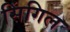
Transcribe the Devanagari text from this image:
सिंगिल